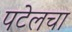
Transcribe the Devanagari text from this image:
पटेलचा